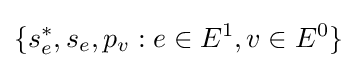
\{s_{e}^{*},s_{e},p_{v}:e\in E^{1},v\in E^{0}\}